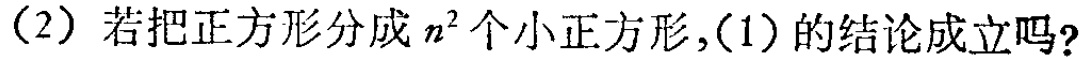
（2）若把正方形分成\(n^{2}\)个小正方形，(1) 的结论成立吗?